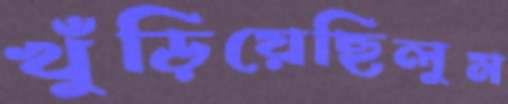
খুঁড়িয়েছিলুম